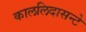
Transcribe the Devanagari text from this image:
काललिदासन्टे